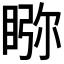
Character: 𥇎